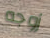
زوجه